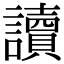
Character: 讀